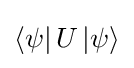
\left\langle \psi \right|U\left|\psi \right\rangle